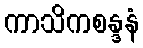
ကာသိကစန္ဒနံ